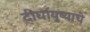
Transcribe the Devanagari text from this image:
दीर्घायुष्याचे